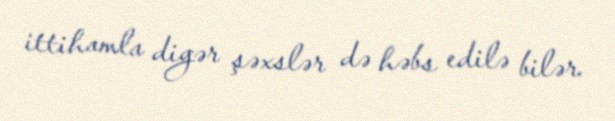
ittihamla digər şəxslər də həbs edilə bilər.